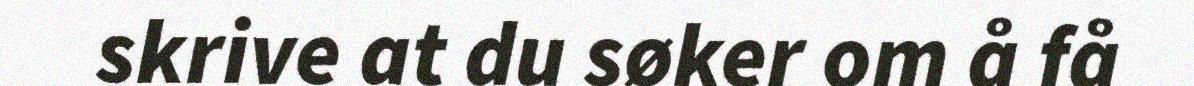
skrive at du søker om å få